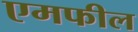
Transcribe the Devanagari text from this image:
एमफील